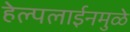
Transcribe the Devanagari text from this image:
हेल्पलाईनमुळे